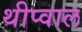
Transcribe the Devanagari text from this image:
थीप्वाल